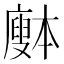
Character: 𰐅